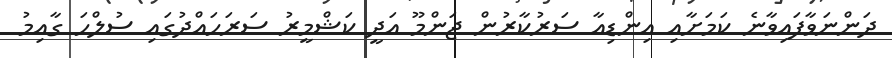
ދަންނަވާފައިވާނެ ކަމަށާއި އިންޑިއާ ސަރުކާރުން ޖަންމޫ އަދީ ކަޝްމީރު ސަރަހައްދުގައި ސުލްހަ ގާއިމު